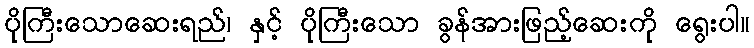
ပိုကြီးသောဆေးရည်၊ နှင့် ပိုကြီးသော ခွန်အားဖြည့်ဆေးကို ရွေးပါ။